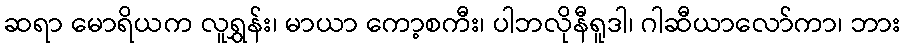
ဆရာ မောရိယက လူရွှန်း၊ မာယာ ကော့စကီး၊ ပါဘလိုနီရူဒါ၊ ဂါဆီယာလော်ကာ၊ ဘား